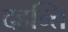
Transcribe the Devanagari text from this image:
दहन्ति